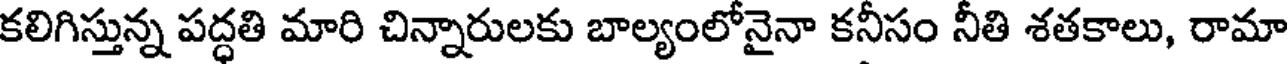
కలిగిస్తున్న పద్ధతి మారి చిన్నారులకు బాల్యంలోనైనా కనీసం నీతి శతకాలు, రామా